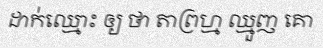
ដាក់ឈ្មោះ ឲ្យ ថា តាព្រហ្ម ឈ្មួញ គោ